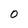
Character: 0